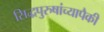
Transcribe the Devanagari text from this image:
सिद्धपुरुषांच्यापैकी